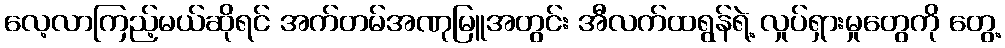
လေ့လာကြည့်မယ်ဆိုရင် အက်တမ်အဏုမြူအတွင်း အီလက်ထရွန်ရဲ့ လှုပ်ရှားမှုတွေကို တွေ့